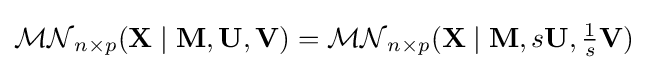
{\mathcal {MN}}_{n\times p}(\mathbf {X} \mid \mathbf {M} ,\mathbf {U} ,\mathbf {V} )={\mathcal {MN}}_{n\times p}(\mathbf {X} \mid \mathbf {M} ,s\mathbf {U} ,{\tfrac {1}{s}}\mathbf {V} )